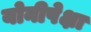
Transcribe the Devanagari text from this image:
योनीपेक्षा